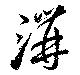
溝